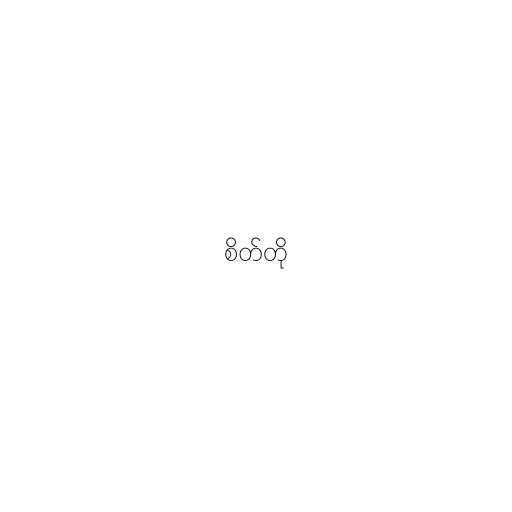
စိတ်တို